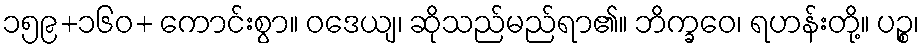
၁၅၉+၁၆၀+ ကောင်းစွာ။ ဝဒေယျ၊ ဆိုသည်မည်ရာ၏။ ဘိက္ခဝေ၊ ရဟန်းတို့။ ပဉ္စ၊